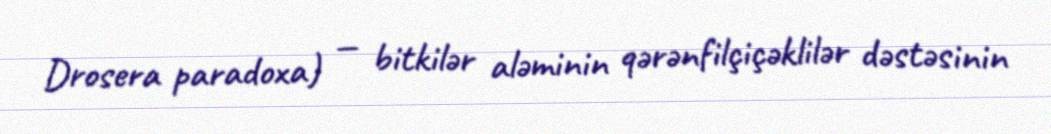
Drosera paradoxa) — bitkilər aləminin qərənfilçiçəklilər dəstəsinin